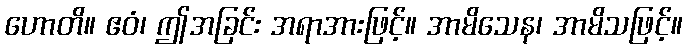
ဟောတိ။ ဧဝံ၊ ဤအခြင်း အရာအားဖြင့်။ အာမိသေန၊ အာမိသဖြင့်။